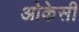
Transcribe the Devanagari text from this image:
ओकेसी